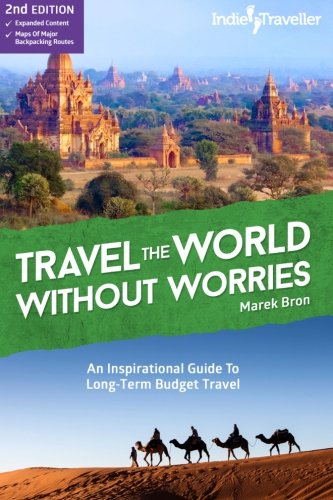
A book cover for Travel the World Without Worries: An Inspirational Guide To Budget Travel; Marek Bron; Travel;